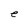
Character: e